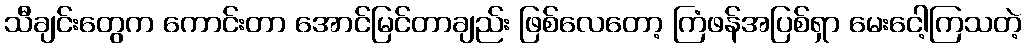
သီချင်းတွေက ကောင်းတာ အောင်မြင်တာချည်း ဖြစ်လေတော့ ကြံဖန်အပြစ်ရှာ မေးငေါ့ကြသတဲ့